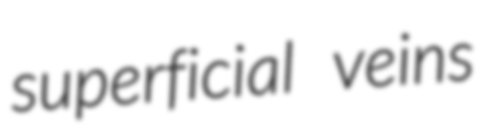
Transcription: superficial veins